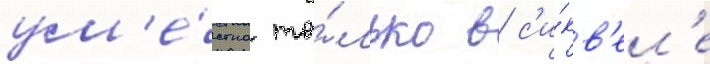
ум'е́стна то́лько в с'и́кв'ел'е